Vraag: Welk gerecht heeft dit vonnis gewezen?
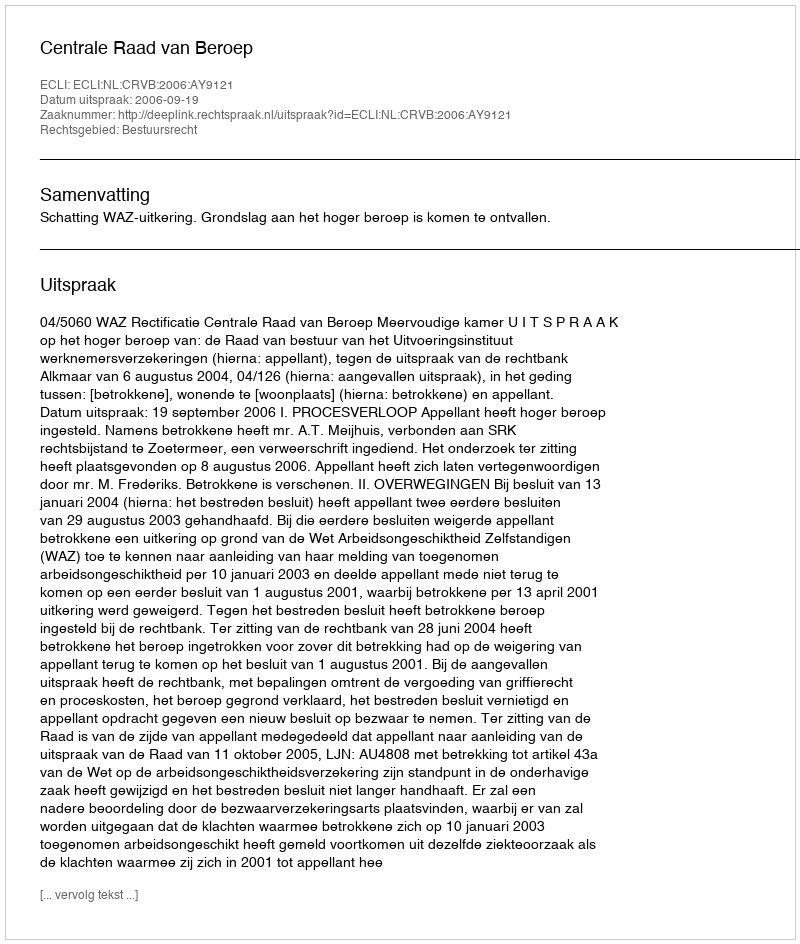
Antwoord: Centrale Raad van Beroep